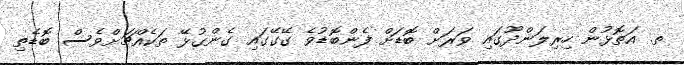
ތ. އަތޮޅުން ހިރިލަންދޫގައި ވަރަށް ބޮޑަށް ފެންބޮޑުވެ ގޭގޭގައި ގެންގުޅޭ ތަކެއްޗަށްވެސް ބޮޑެތި